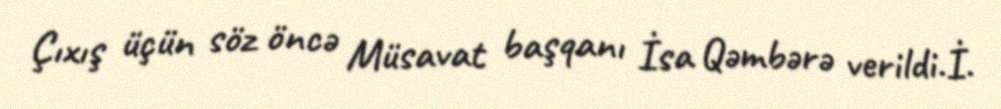
Çıxış üçün söz öncə Müsavat başqanı İsa Qəmbərə verildi.İ.